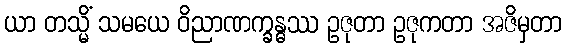
ယာ တသ္မိံ သမယေ ဝိညာဏက္ခန္ဓဿ ဥဇုတာ ဥဇုကတာ အဇိမှတာ